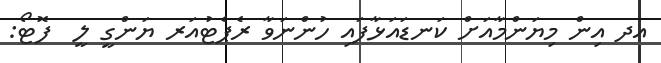
އދ އިން މިޔަންމާއަށް ކަނޑައަޅާފައި ހުންނަވާ ރެޕެޓުއަރ ޔަންގީ ލީ  ފޮޓޯ: